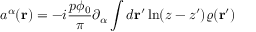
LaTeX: a ^ { \alpha } ( { \bf r } ) = - i \frac { p \phi _ { 0 } } { \pi } \partial _ { \alpha } \int d { \bf r ^ { \prime } } \ln ( z - z ^ { \prime } ) \varrho ( { \bf r ^ { \prime } } )